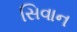
સિવાન